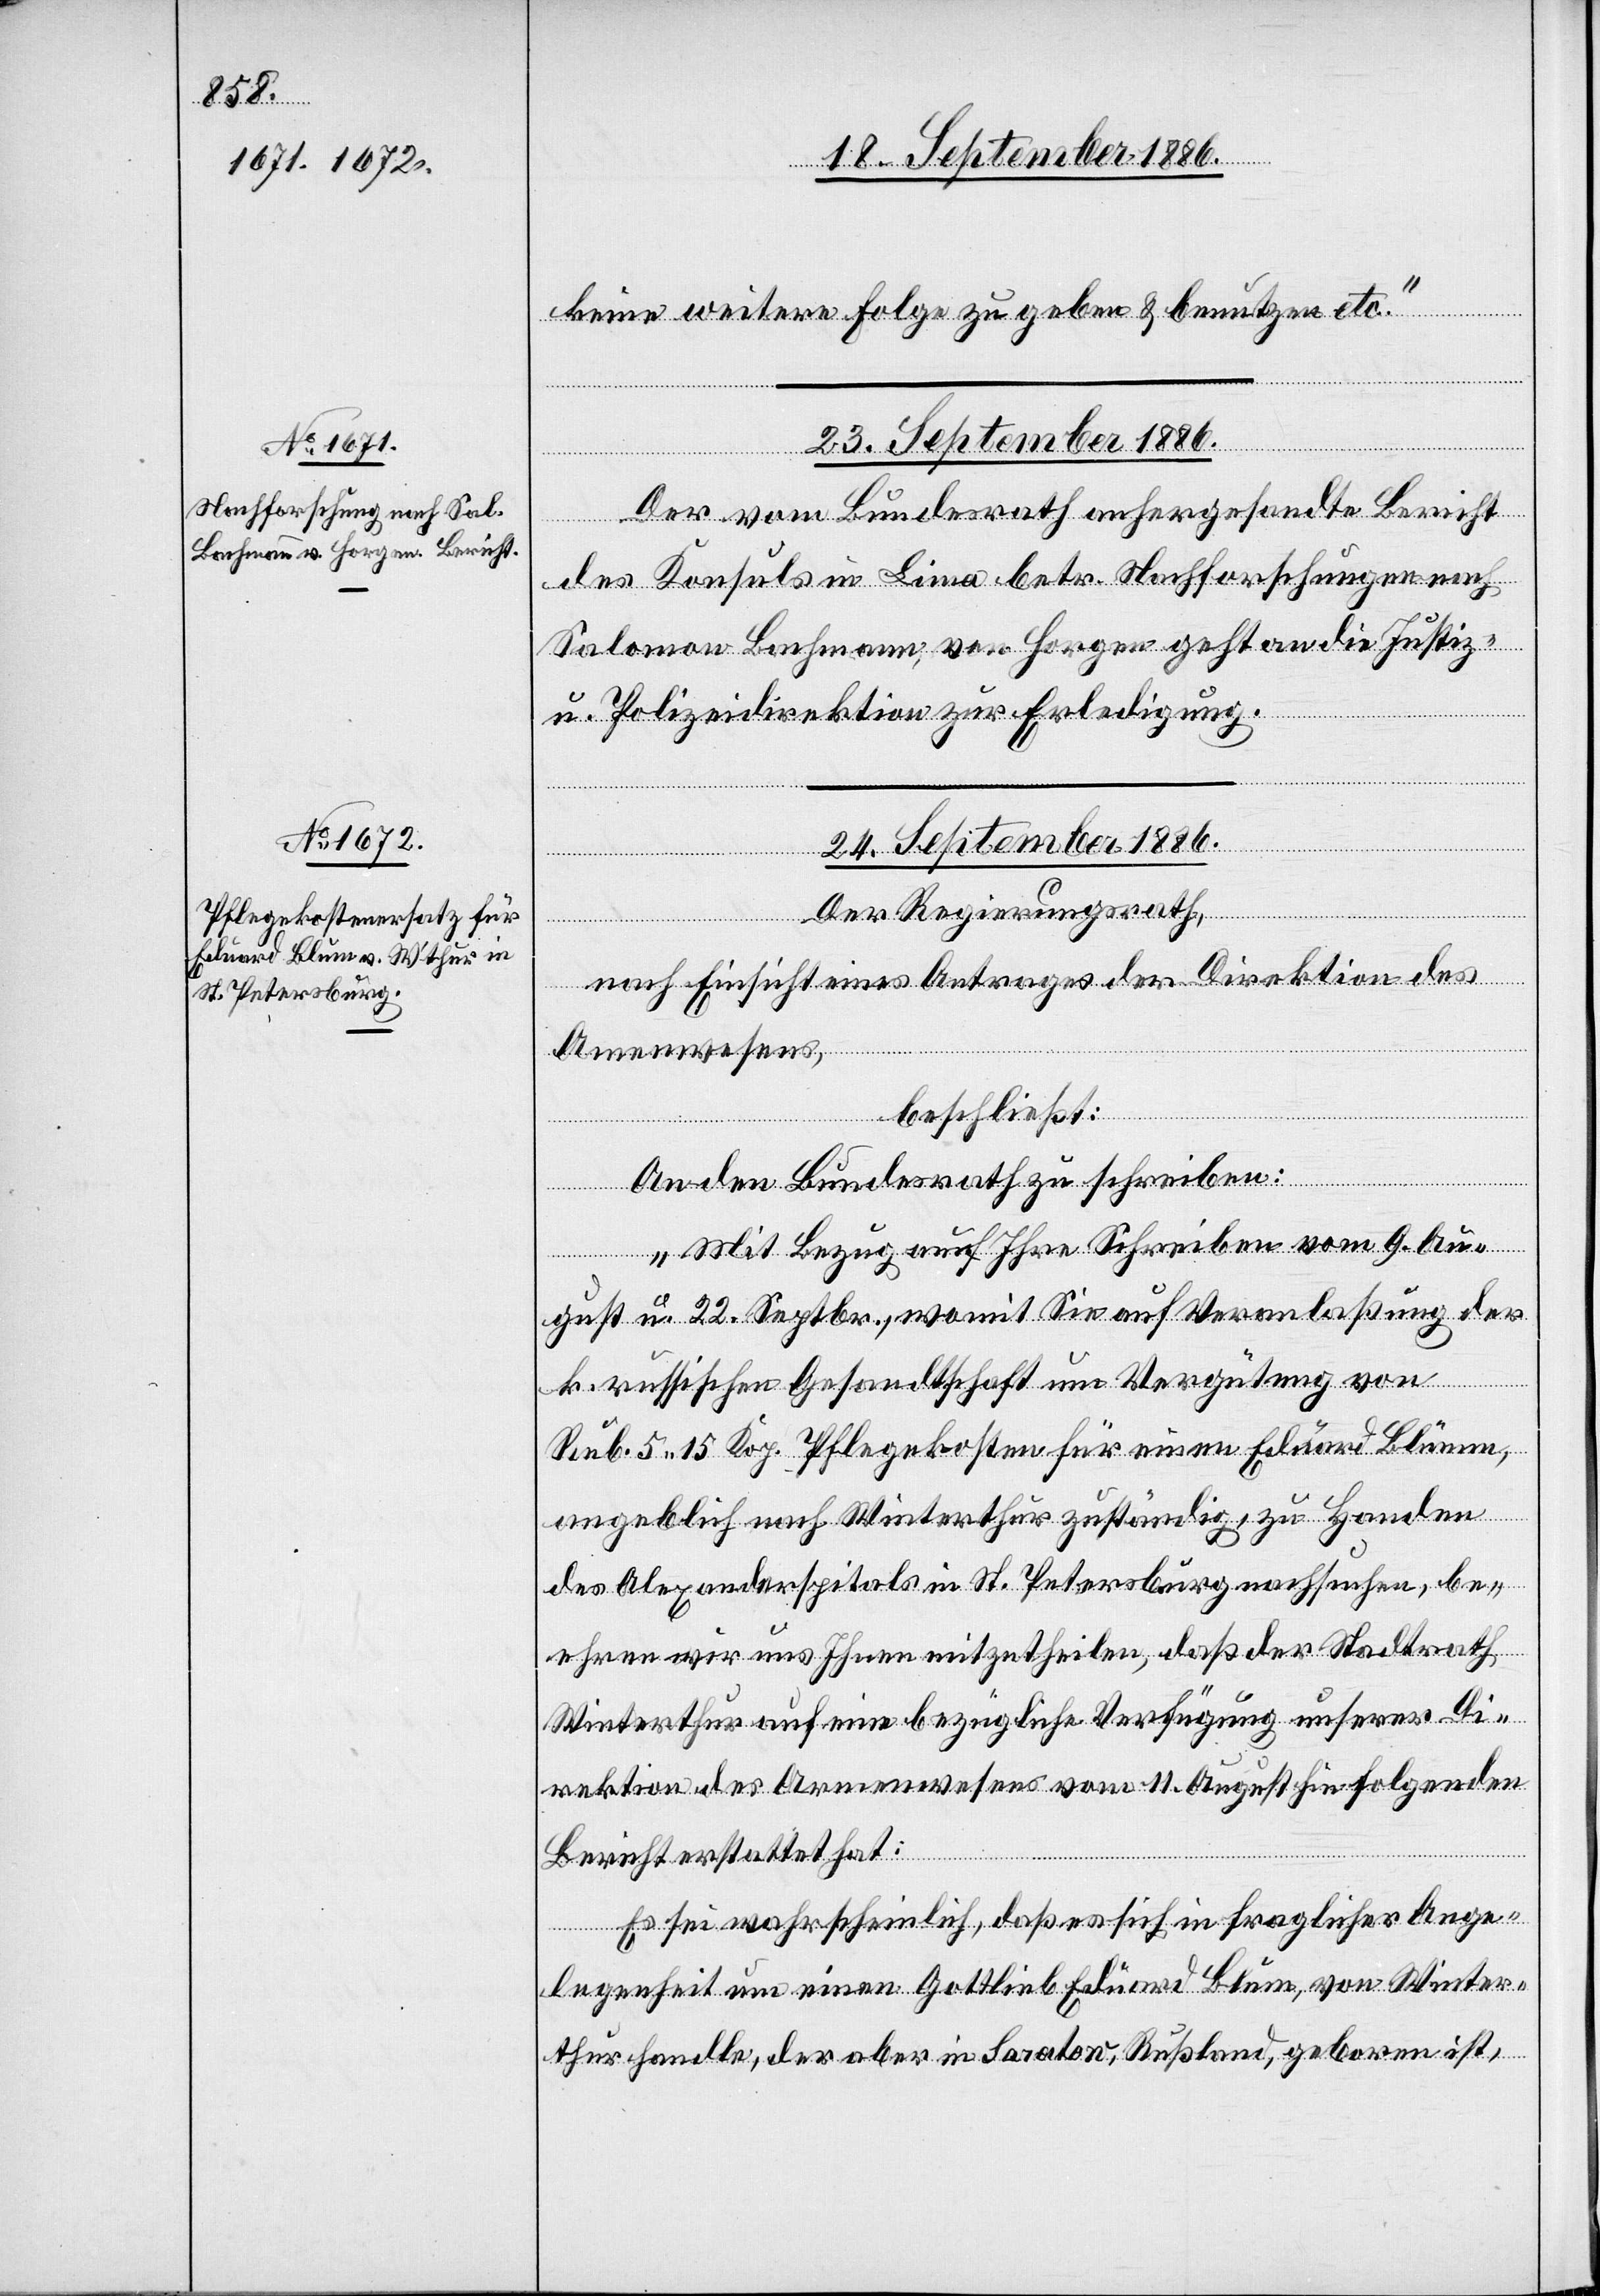
23. September 1886.
keine weitere Folge zu geben & benutzen etc.“
Der vom Bundesrath anhergesandte Bericht
des Konsuls in Lima betr. Nachforschungen nach
Salomon Bachmann, von Horgen geht an die Justiz-
u. Polizeidirektion zur Erledigung.
[Präsidialverfügungen]
24. September 1886.
Der Regierungsrath,
nach Einsicht eines Antrages der Direktion des
Armenwesens,
beschließt:
An den Bundesrath zu schreiben:
„Mit Bezug auf Ihre Schreiben vom 9. Au¬
gust u. 22. Septbr., womit Sie auf Veranlaßung der
k. russischen Gesandtschaft um Vergütung von
Rub. 5 15 Kop. Pflegekosten für einen Eduard Blum,
angeblich nach Winterthur zuständig, zu Handen
des Alexanderspitals in St. Petersburg nachsuchen, be¬
ehren wir uns Ihnen mitzutheilen, daß der Stadtrath
Winterthur auf eine bezügliche Verfügung unserer Di¬
rektion des Armenwesens vom 11. August hinfolgenden
Bericht erstattet hat:
Es sei wahrscheinlich, daß es sich in fraglicher Ange¬
legenheit um einen Gottlieb Eduard Blum, von Winter¬
thur handle, der aber in Saratow, Rußland, geboren ist,